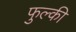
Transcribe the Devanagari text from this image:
फुल्‍की